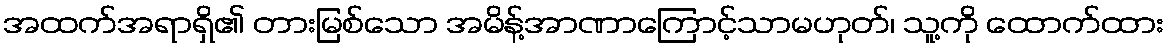
အထက်အရာရှိ၏ တားမြစ်သော အမိန့်အာဏာကြောင့်သာမဟုတ်၊ သူ့ကို ထောက်ထား